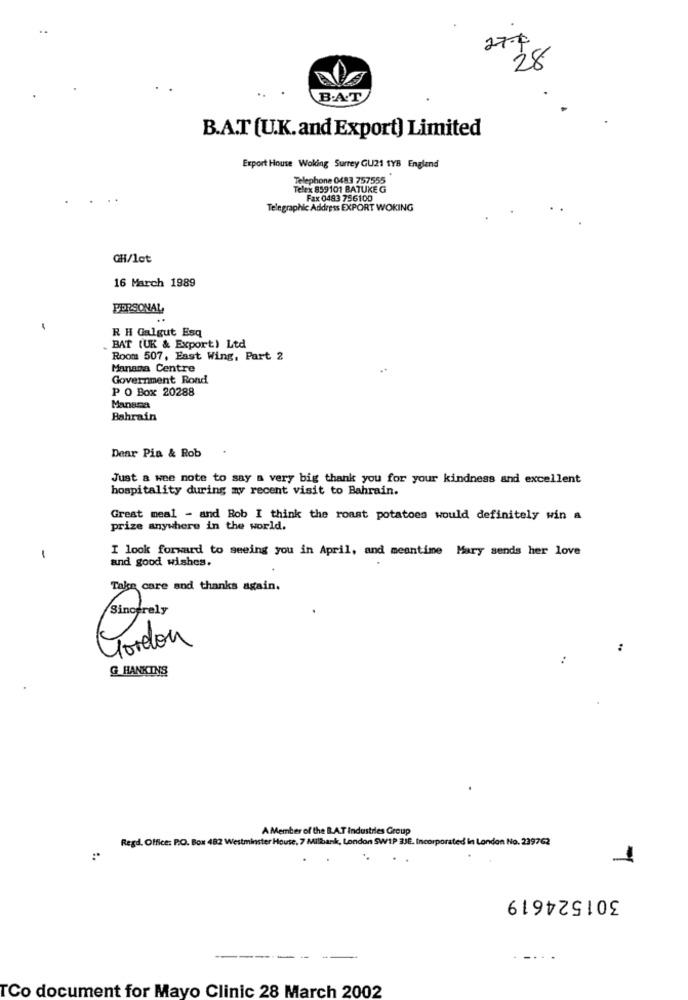
270
28
B.A.T
B.A.T (U.K.and Export) Limited
Export House Woking Surrey GU21 TYB England
Telephone 0483 757555
Telex 859101 BATUKE G
Fax 0483 756100
Telegraphic Address EXPORT WOKING
GH/lct
16 March 1989
PERSONAL
R H Galgut Esq
BAT (UK & Export) Ltd
Room 507, East Wing, Part 2
Manana Centre
Government Rond
P O Box 20288
Manana
Bahrain
Dear Pia & Rob
Just a wee note to say a very big thank you for your kindness and excellent
hospitality during my recent visit to Bahrain.
Great meal - and Rob I think the roast potatoes would definitely win a
prize anywhere in the world.
I look forward to seeing you in April, and meantime Mary sends her love
-
and good wishes.
Take care and thanks again.
Sincerely
Gordon
G HANKINS
A Member of the B.A.T Industries Group
Regd. Office: P.O. Box 482 Westminster House, 7 Milbank, London SW1P 3JE. Incorporated In London No. 239762
1
301524619
--
TCo document for Mayo Clinic 28 March 2002